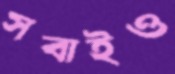
সবাইও